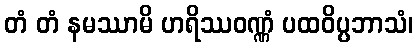
တံ တံ နမဿာမိ ဟရိဿဝဏ္ဏံ ပထဝိပ္ပဘာသံ၊